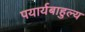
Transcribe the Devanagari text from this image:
पयार्यबाहुल्य